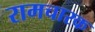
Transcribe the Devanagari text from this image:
रामचारक